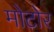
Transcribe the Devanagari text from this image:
मोटोर